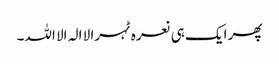
پھر ایک ہی نعرہ ٹہرا لا الہ الا اللہ۔